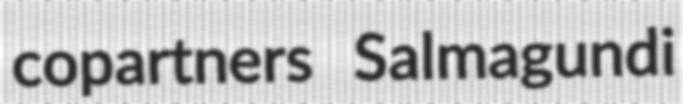
copartners Salmagundi